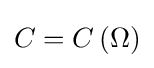
\textstyle C=C\left(\Omega \right)